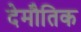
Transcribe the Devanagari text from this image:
देमौतिक